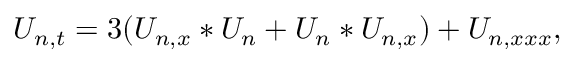
U _ { n , t } = 3 ( U _ { n , x } \ast U _ { n } + U _ { n } \ast U _ { n , x } ) + U _ { n , x x x } ,